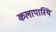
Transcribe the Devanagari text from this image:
कलापास्थि